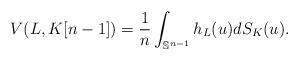
LaTeX: \begin{align*}V(L,K[n-1])=\frac{1}{n} \int_{\mathbb{S}^{n-1}} h_L(u) dS_K(u).\end{align*}